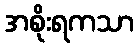
အစိုးရကသာ